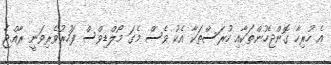
އެ ހުރިހާ ގޮންޖެހުންތަކާއި ހުރަސްތަކާ އެކު ވެސް މެގަ މޯލްޑިވްސް ފަހުރުވެރިވަނީ ރާއްޖެ